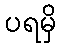
ပရမှိ